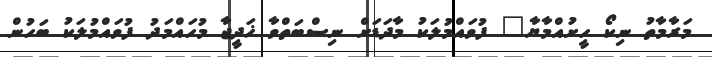
މަރާމާތު ނިކޯ ހީީށުއްމާޔާ" ފުވައްމުލަކު މާދަޑަށް ނިސްބަތްވާ ޚަދީޖާ މުހައްމަދު ފުވައްމުލަކު ބަހުން